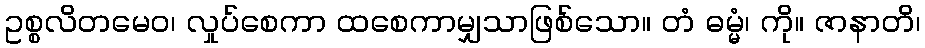
ဥစ္စလိတမေဝ၊ လှုပ်စေကာ ထစေကာမျှသာဖြစ်သော။ တံ ဓမ္မံ၊ ကို။ ဇာနာတိ၊